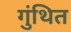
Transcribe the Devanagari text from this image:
गुंथित